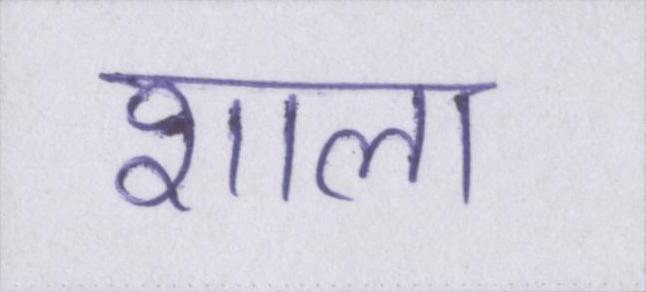
शाला